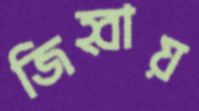
জিহ্বায়